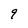
Character: 9